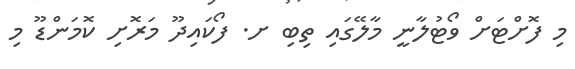
މި ފޮށްޓަށް ވޯޓުލާނީ މާލޭގައި ތިބި ށ. ފޯކައިދޫ މަރޮށި ކޮމަންޑޫ މި